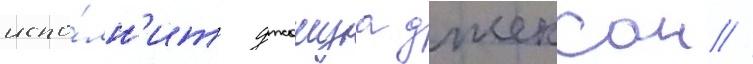
испо́лн'ит джошуа джексон //